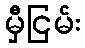
မှီငြမ်း